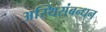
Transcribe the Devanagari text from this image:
अस्थिसंबन्धन